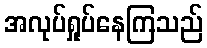
အလုပ်ရှုပ်နေကြသည်